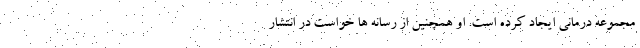
مجموعه درمانی ایجاد کرده است. او همچنین از رسانه ها خواست در انتشار